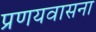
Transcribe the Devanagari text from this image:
प्रणयवासना